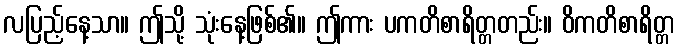
လပြည့်နေ့သာ။ ဤသို့ သုံးနေ့ဖြစ်၏။ ဤကား ပကတိစာရိတ္တတည်း။ ဝိကတိစာရိတ္တ